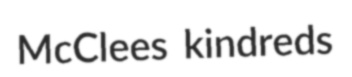
McClees kindreds